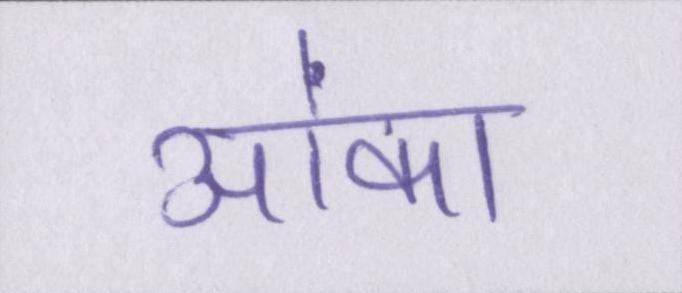
आंका